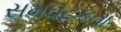
સમઘટકતા